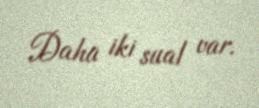
Daha iki sual var.